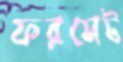
ফরমেট